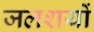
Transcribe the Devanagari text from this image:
जलशयों